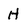
Character: H